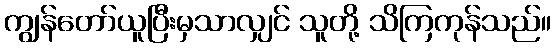
ကျွန်တော်ယူပြီးမှသာလျှင် သူတို့ သိကြကုန်သည်။